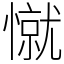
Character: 憱